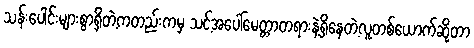
သန်းပေါင်းများစွာရှိတဲ့ကတည်းကမှ သင့်အပေါ်မေတ္တာတရားနဲ့ရှိနေတဲ့လူတစ်ယောက်ဆိုတာ